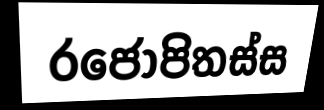
රජොපිතස්ස